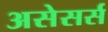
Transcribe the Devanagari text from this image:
असेसर्स